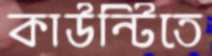
কাউন্টিতে